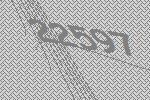
22597